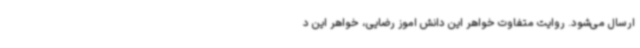
ارسال می‌شود. روایت متفاوت خواهر این دانش اموز رضایی، خواهر این د